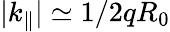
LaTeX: \lvert k_{\parallel}\rvert\simeq 1/2qR_{0}